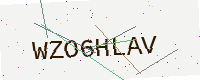
Text: WZO6HLAV